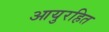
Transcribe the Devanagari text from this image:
आयुरहित